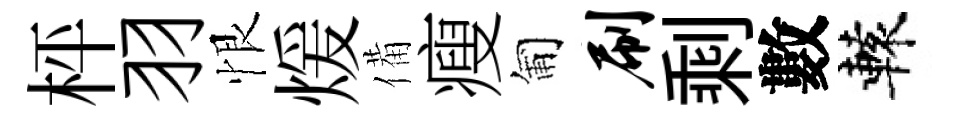
枰羽恨煖備瘦匍刷剩數轅